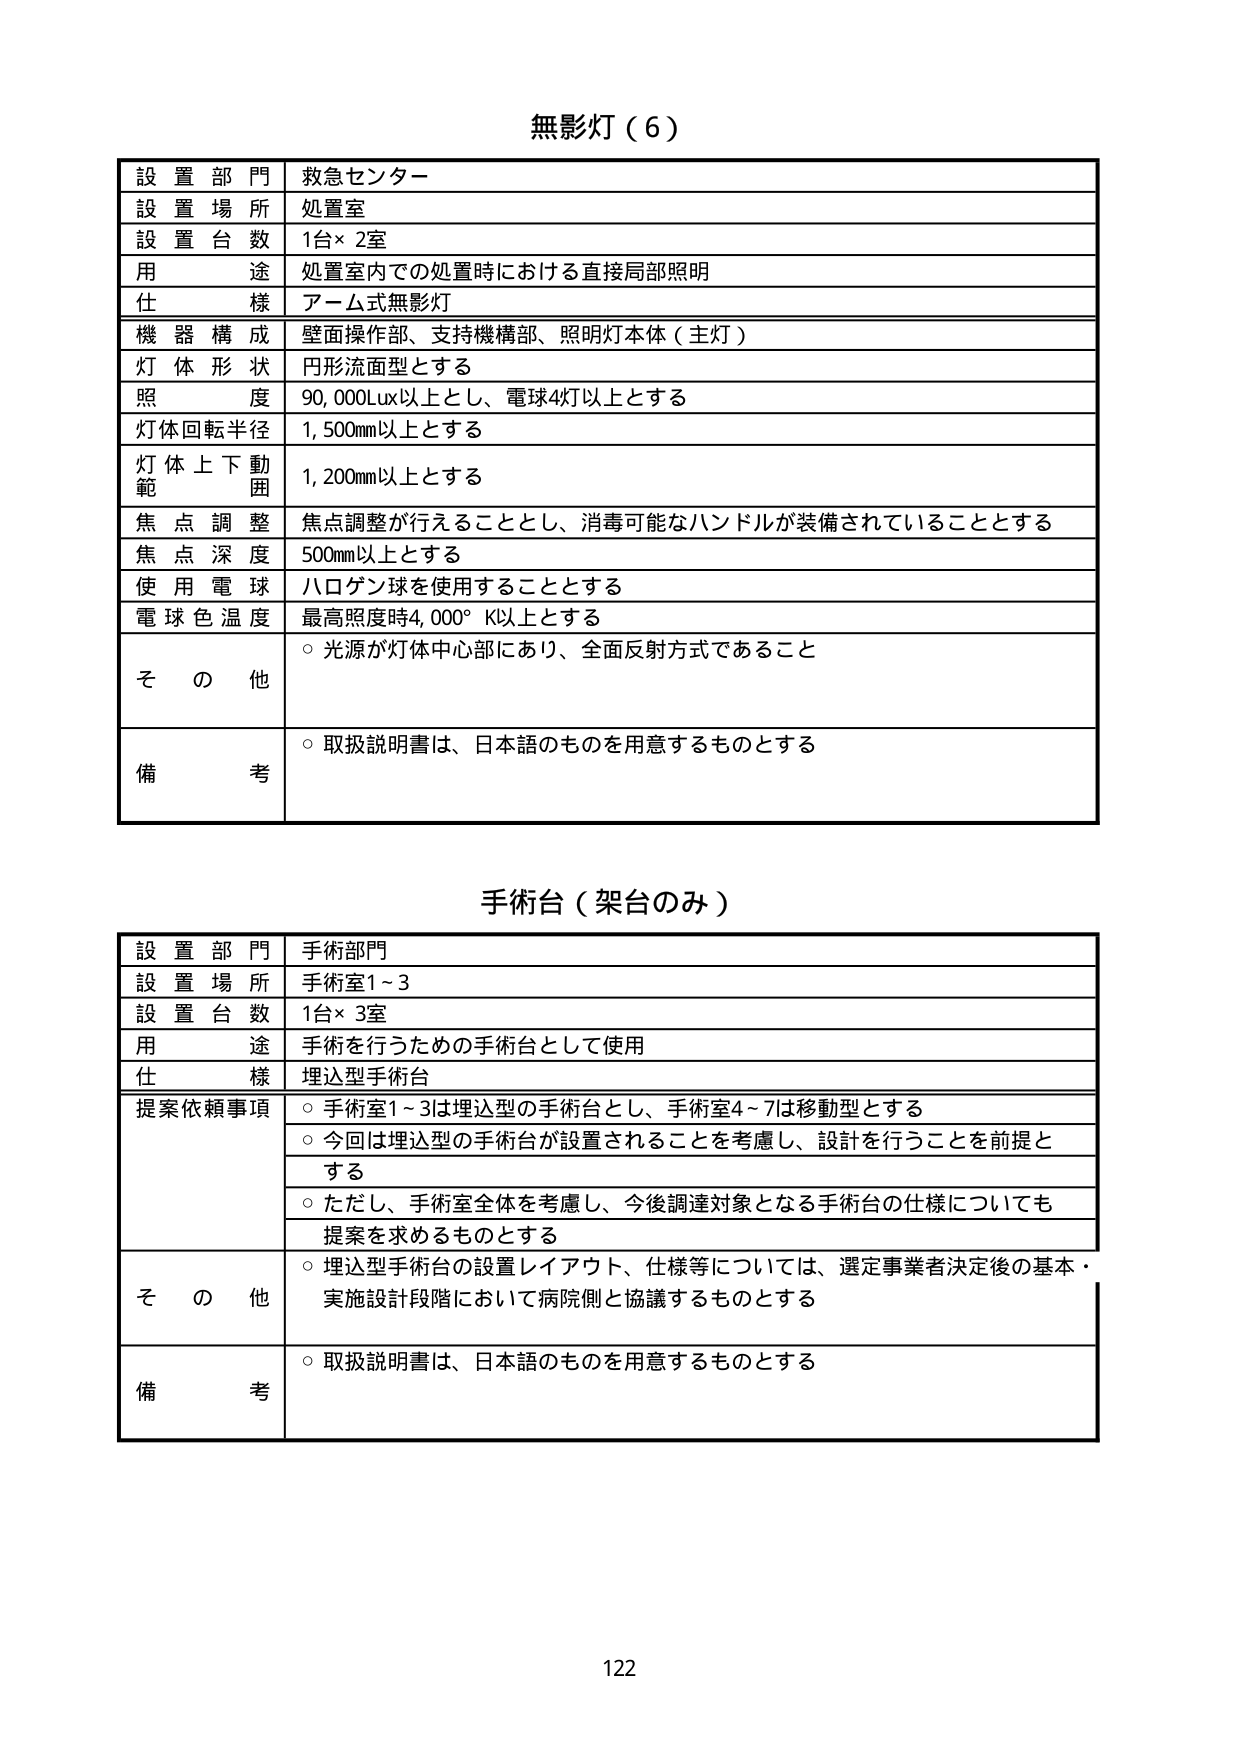
無影灯（6）

設置部門 救急センター
設置場所 処置室
設置台数 1台×2室
用途 処置室内での処置時における直接局部照明
仕様 アーム式無影灯
機器構成 壁面操作部、支持機構部、照明灯本体（主灯）
灯体形状 円形流面型とする
照度 90,000Lux以上とし、電球4灯以上とする
灯体回転半径 1,500mm以上とする
灯体上下動範囲 1,200mm以上とする
焦点調整 焦点調整が行えることとし、消毒可能なハンドルが装備されていることとする
焦点深度 500mm以上とする
使用電球 ハロゲン球を使用することとする
電球色温度 最高照度時4,000°K以上とする
その他 ○光源が灯体中心部にあり、全面反射方式であること
備考 ○取扱説明書は、日本語のものを用意するものとする

手術台（架台のみ）

設置部門 手術部門
設置場所 手術室1～3
設置台数 1台×3室
用途 手術を行うための手術台として使用
仕様 埋込型手術台
提案依頼事項 ○手術室1～3は埋込型の手術台とし、手術室4～7は移動型とする
○今回は埋込型の手術台が設置されることを考慮し、設計を行うことを前提とする
○ただし、手術室全体を考慮し、今後調達対象となる手術台の仕様についても提案を求めるものとする
その他 ○埋込型手術台の設置レイアウト、仕様等については、選定事業者決定後の基本・実施設計段階において病院側と協議するものとする
備考 ○取扱説明書は、日本語のものを用意するものとする

122